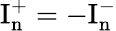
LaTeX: \mathrm{I_{n}^{+}}=-\mathrm{I_{n}^{-}}